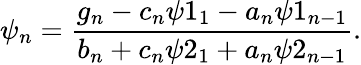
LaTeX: \psi_{n}=\frac{g_{n}-c_{n}\psi 1_{1}-a_{n}\psi 1_{n-1}}{b_{n}+c_{n}\psi 2_{1}+a_{n}\psi 2_{n-1}}.